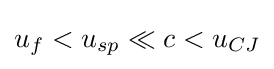
u_{f}<u_{sp}\ll c<u_{CJ}